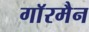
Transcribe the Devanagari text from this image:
गाॅरमैन